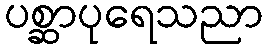
ပစ္ဆာပုရေသညာ